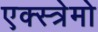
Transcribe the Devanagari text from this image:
एक्स्त्रेमो